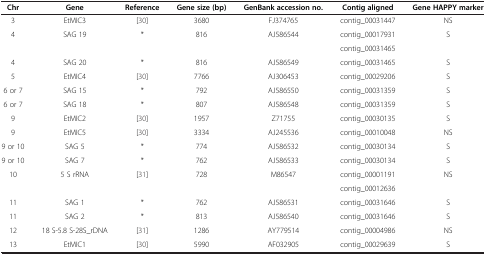
<table><thead><tr><td><b>Chr</b></td><td><b>Gene</b></td><td><b>Reference</b></td><td><b>Gene size (bp)</b></td><td><b>GenBank accession no.</b></td><td><b>Contig aligned</b></td><td><b>Gene HAPPY marker</b></td></tr></thead><tbody><tr><td>3</td><td>EtMIC3</td><td>[30]</td><td>3680</td><td>FJ374765</td><td>contig_00031447</td><td>NS</td></tr><tr><td rowspan="2">4</td><td rowspan="2">SAG 19</td><td rowspan="2">*</td><td rowspan="2">816</td><td rowspan="2">AJ586544</td><td>contig_00017931</td><td rowspan="2">S</td></tr><tr><td>contig_00031465</td></tr><tr><td>4</td><td>SAG 20</td><td>*</td><td>816</td><td>AJ586549</td><td>contig_00031465</td><td>S</td></tr><tr><td>5</td><td>EtMIC4</td><td>[30]</td><td>7766</td><td>AJ306453</td><td>contig_00029206</td><td>S</td></tr><tr><td>6 or 7</td><td>SAG 15</td><td>*</td><td>792</td><td>AJ586550</td><td>contig_00031359</td><td>S</td></tr><tr><td>6 or 7</td><td>SAG 18</td><td>*</td><td>807</td><td>AJ586548</td><td>contig_00031359</td><td>S</td></tr><tr><td>9</td><td>EtMIC2</td><td>[30]</td><td>1957</td><td>Z71755</td><td>contig_00030135</td><td>S</td></tr><tr><td>9</td><td>EtMIC5</td><td>[30]</td><td>3334</td><td>AJ245536</td><td>contig_00010048</td><td>NS</td></tr><tr><td>9 or 10</td><td>SAG 5</td><td>*</td><td>774</td><td>AJ586532</td><td>contig_00030134</td><td>S</td></tr><tr><td>9 or 10</td><td>SAG 7</td><td>*</td><td>762</td><td>AJ586533</td><td>contig_00030134</td><td>S</td></tr><tr><td rowspan="2">10</td><td rowspan="2">5 S rRNA</td><td rowspan="2">[31]</td><td rowspan="2">728</td><td rowspan="2">M86547</td><td>contig_00001191</td><td rowspan="2">NS</td></tr><tr><td>contig_00012636</td></tr><tr><td>11</td><td>SAG 1</td><td>*</td><td>762</td><td>AJ586531</td><td>contig_00031646</td><td>S</td></tr><tr><td>11</td><td>SAG 2</td><td>*</td><td>813</td><td>AJ586540</td><td>contig_00031646</td><td>S</td></tr><tr><td>12</td><td>18 S-5.8 S-28S_rDNA</td><td>[31]</td><td>1286</td><td>AY779514</td><td>contig_00004986</td><td>NS</td></tr><tr><td>13</td><td>EtMIC1</td><td>[30]</td><td>5990</td><td>AF032905</td><td>contig_00029639</td><td>S</td></tr></tbody></table>